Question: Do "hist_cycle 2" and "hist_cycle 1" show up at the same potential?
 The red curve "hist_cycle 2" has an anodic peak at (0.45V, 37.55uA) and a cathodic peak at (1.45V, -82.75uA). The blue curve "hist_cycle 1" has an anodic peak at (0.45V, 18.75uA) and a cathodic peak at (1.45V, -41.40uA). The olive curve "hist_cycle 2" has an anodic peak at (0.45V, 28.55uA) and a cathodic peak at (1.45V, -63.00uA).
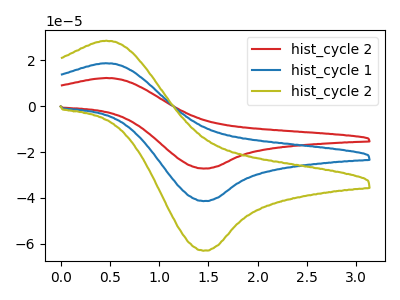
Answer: <think>All the peaks in "hist_cycle 2" have a peak in "hist_cycle 1" at the same potential. Every peak in "hist_cycle 2" is higher than every peak in "hist_cycle 1".
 </think>
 <answer>"hist_cycle 2" and "hist_cycle 1" are similar in shape.</answer>
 <eval>same_shape</eval>